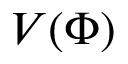
V ( \Phi )